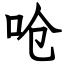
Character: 呛